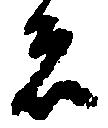
者